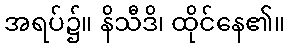
အရပ်၌။ နိသီဒိ၊ ထိုင်နေ၏။